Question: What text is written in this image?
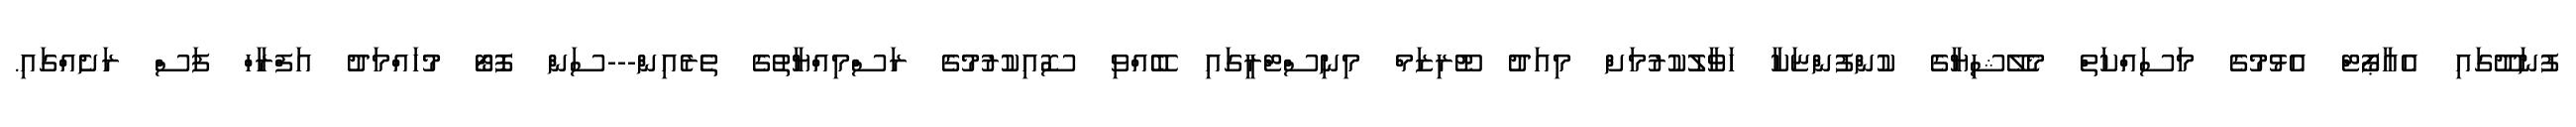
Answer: ފުނަދޫގައި އެއާޕޯޓް އެޅުމުގެ މަސައްކަތް މެލޭޝިޔާގެ ކުންފުންޏަކާ ހަވާލުކުރުމަށް މިއަދު ޓޫރިޒަމް މިނިސްޓްރީގައި ބޭއްވި ސޮއިކުރުމުގެ ރަސްމިއްޔާތުގެ ތެރެއިން---ސަން ފޮޓޯ މުހައްމަދު އަފްރާހް ފަސް ރަށެއްގައި.